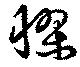
憀